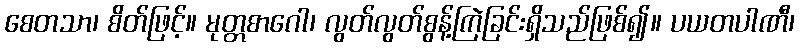
စေတသာ၊ စိတ်ဖြင့်။ မုတ္တစာဂေါ၊ လွတ်လွတ်စွန့်ကြဲခြင်းရှိသည်ဖြစ်၍။ ပယတပါဏီ၊